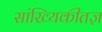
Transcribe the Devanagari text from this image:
सांख्यिकीतज्ञ